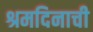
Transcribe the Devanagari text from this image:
श्रमदिनाची